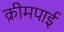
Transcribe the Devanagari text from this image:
क्रीमपाई